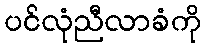
ပင်လုံညီလာခံကို